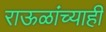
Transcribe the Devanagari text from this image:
राऊळांच्याही